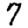
Digit: 7